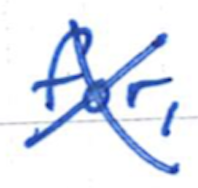
Text: for,
Cross-out: mix
Writing tool: ballpoint